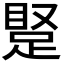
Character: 𬑝